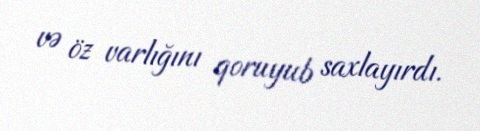
və öz varlığını qoruyub saxlayırdı.